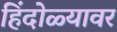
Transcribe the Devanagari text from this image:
हिंदोळ्यावर